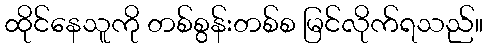
ထိုင်နေသူကို တစ်စွန်းတစ်စ မြင်လိုက်ရသည်။